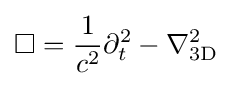
\square ={\frac {1}{c^{2}}}\partial _{t}^{2}-\nabla _{\text{3D}}^{2}